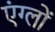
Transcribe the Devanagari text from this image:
एंग्लों